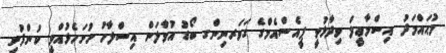
މުޙައްމަދު އިސްމާޢީލް ވިދާޅުވީ ޕީއެސްއެމްގެ ގަވަރނިންގ ބޯޑު އުވާލަން އިސްލާހު ހުށަހެޅުއްވީ ކުންފުނި